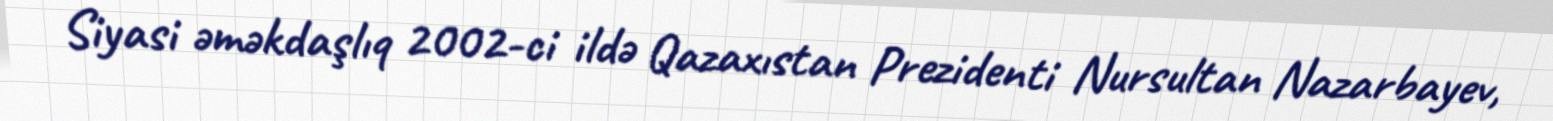
Siyasi əməkdaşlıq 2002-ci ildə Qazaxıstan Prezidenti Nursultan Nazarbayev,